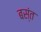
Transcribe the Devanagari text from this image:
बस्ंत